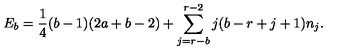
E _ { b } = \frac { 1 } { 4 } ( b - 1 ) ( 2 a + b - 2 ) + \sum _ { j = r - b } ^ { r - 2 } j ( b - r + j + 1 ) n _ { j } .